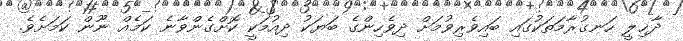
ދާޚިލީ ހަނގުރާމަތަކުގައި ބައިވެރިވުމަށް ދިވެހިންގެ ބަޔަކު ދިއުމަކީ ކޮށްގެންވާނެ ކަމެއް ނޫން ކަމަށެވެ.